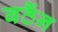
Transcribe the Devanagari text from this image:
बठैंन